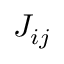
J _ { i j }